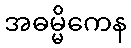
အဓမ္မိကေန